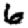
Digit: 6